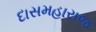
દાસમહારાજ